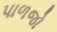
પાળજો